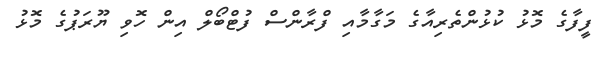
ފީފާގެ މޮޅު ކުޅުންތެރިއާގެ މަގާމާއި ފްރާންސް ފުޓްބޯލް އިން ހޮވި ޔޫރަޕުގެ މޮޅު